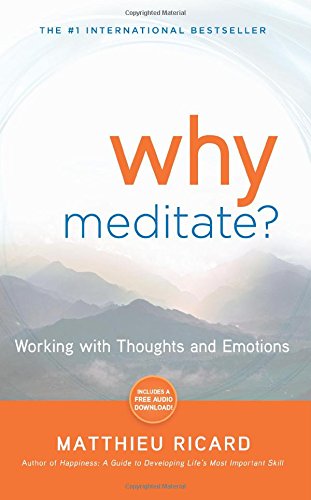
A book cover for Why Meditate: Working with Thoughts and Emotions; Matthieu Ricard; Religion & Spirituality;